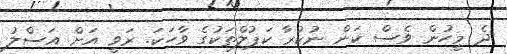
ދެ މީހުން ވެސް ކަން ނުކުރާ ކަޕުލްތަކުގެ ވާހަކަ. ރަވީ އަށް އަސްލު